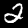
Digit: 2